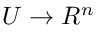
U \to R ^ { n }